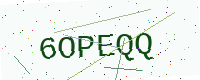
Text: 6OPEQQ